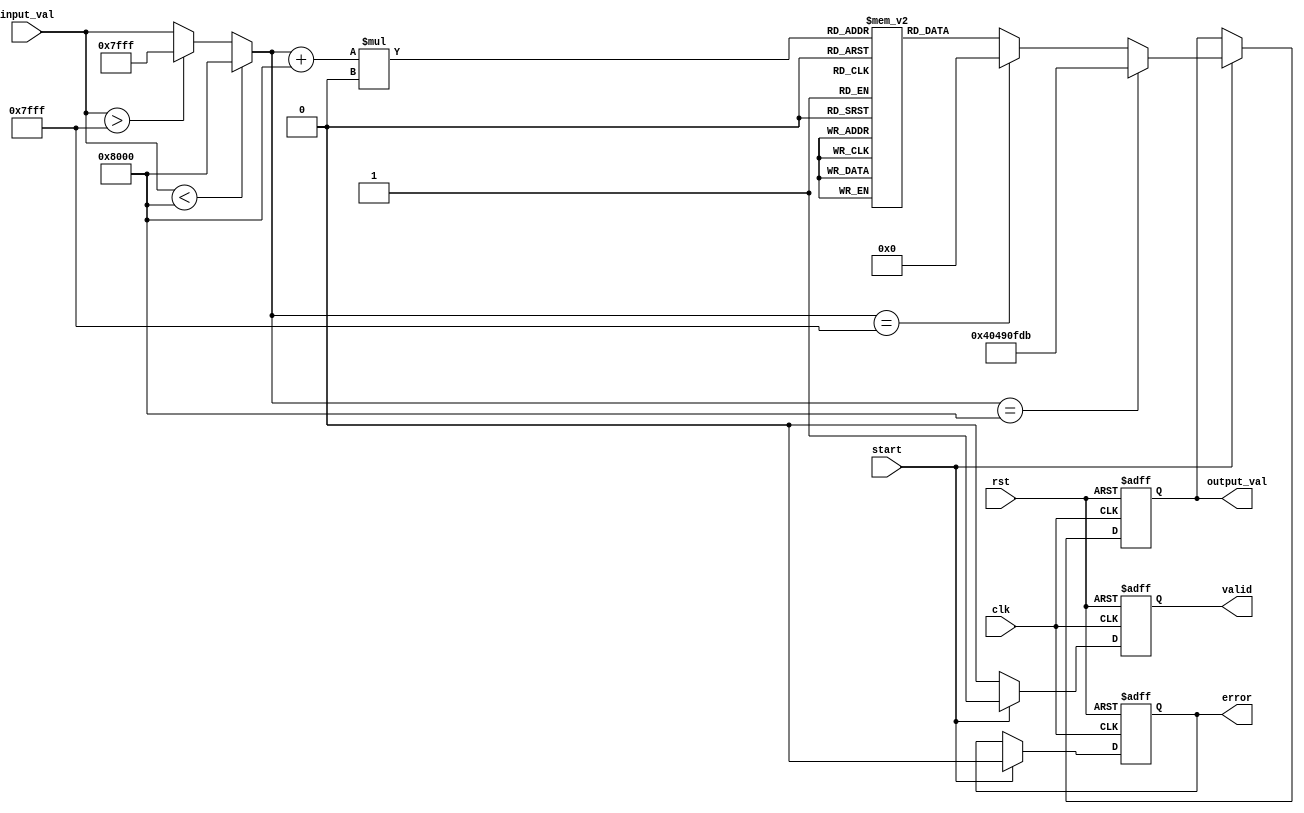
module acos_block (
    input wire clk,
    input wire rst,
    input wire start,
    input wire [15:0] input_val, // Fixed-point representation of input in Q1.15 format
    output reg [31:0] output_val, // Floating-point output (32-bit)
    output reg valid,
    output reg error
);

    // Parameters
    localparam TABLE_SIZE = 256; // Size of the lookup table
    localparam PI = 32'h40490fdb; //  in IEEE 754 floating-point format (3.14159)
    
    // Lookup table for acos values (in Q1.15 format)
    reg [31:0] acos_table [0:TABLE_SIZE-1]; // Lookup table for acos values
    reg [15:0] input_val_clamped; // Clamped input value
    reg [7:0] index; // Index for lookup table
    reg [31:0] interpolated_value; // Interpolated value for output
    reg [31:0] output_temp; // Temporary output value

    // Initialization of the lookup table
    initial begin
        // Populate the lookup table with pre-calculated acos values
        // This is a placeholder. Actual values should be pre-computed and filled here.
        // For example, acos(0) = /2, acos(1) = 0, acos(-1) = 
        // Fill the table with values corresponding to input values from -1 to 1
        // Example: acos_table[0] = 32'h40490fdb; // acos(0) = /2
        // ...
    end

    // Input validation and clamping
    always @(*) begin
        if (input_val < 16'h8000) begin // Input < 0
            input_val_clamped = 16'h8000; // Clamp to -1
        end else if (input_val > 16'h7FFF) begin // Input > 1
            input_val_clamped = 16'h7FFF; // Clamp to 1
        end else begin
            input_val_clamped = input_val; // Valid input
        end
    end

    // Control logic
    always @(posedge clk or posedge rst) begin
        if (rst) begin
            output_val <= 32'b0;
            valid <= 1'b0;
            error <= 1'b0;
        end else if (start) begin
            // Check for valid input range
            if (input_val_clamped == 16'h8000) begin
                output_val <= PI; // acos(-1)
                valid <= 1'b1;
                error <= 1'b0;
            end else if (input_val_clamped == 16'h7FFF) begin
                output_val <= 32'b0; // acos(1)
                valid <= 1'b1;
                error <= 1'b0;
            end else begin
                // Calculate index for lookup table
                index = (input_val_clamped + 16'h8000) * (TABLE_SIZE / 32768); // Scale to table size
                output_temp = acos_table[index]; // Lookup value
                // Interpolation can be added here if necessary
                output_val <= output_temp;
                valid <= 1'b1;
                error <= 1'b0;
            end
        end else begin
            valid <= 1'b0; // Reset valid signal if not starting
        end
    end
endmodule